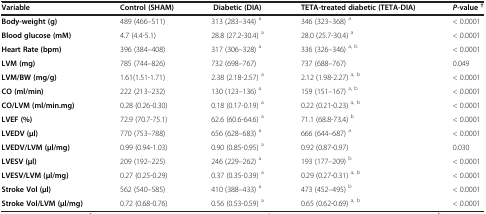
<table><thead><tr><td><b>Variable</b></td><td><b>Control (SHAM)</b></td><td><b>Diabetic (DIA)</b></td><td><b>TETA-treated diabetic (TETA-DIA)</b></td><td><b><i>P-</i>value <sup>†</sup></b></td></tr></thead><tbody><tr><td><b>Body-weight (g)</b></td><td>489 (466–511)</td><td>313 (283–344) <sup>a</sup></td><td>346 (323–368) <sup>a</sup></td><td>&lt; 0.0001</td></tr><tr><td><b>Blood glucose (mM)</b></td><td>4.7 (4.4-5.1)</td><td>28.8 (27.2-30.4) <sup>a</sup></td><td>28.0 (25.7-30.4) <sup>a</sup></td><td>&lt; 0.0001</td></tr><tr><td><b>Heart Rate (bpm)</b></td><td>396 (384–408)</td><td>317 (306–328) <sup>a</sup></td><td>336 (326–346) <sup>a, b</sup></td><td>&lt; 0.0001</td></tr><tr><td><b>LVM (mg)</b></td><td>785 (744–826)</td><td>732 (698–767)</td><td>737 (688–767)</td><td>0.049</td></tr><tr><td><b>LVM/BW (mg/g)</b></td><td>1.61(1.51-1.71)</td><td>2.38 (2.18-2.57) <sup>a</sup></td><td>2.12 (1.98-2.27) <sup>a, b</sup></td><td>&lt; 0.0001</td></tr><tr><td><b>CO (ml/min)</b></td><td>222 (213–232)</td><td>130 (123–136) <sup>a</sup></td><td>159 (151–167) <sup>a, b</sup></td><td>&lt; 0.0001</td></tr><tr><td><b>CO/LVM (ml/min.mg)</b></td><td>0.28 (0.26-0.30)</td><td>0.18 (0.17-0.19) <sup>a</sup></td><td>0.22 (0.21-0.23) <sup>a, b</sup></td><td>&lt; 0.0001</td></tr><tr><td><b>LVEF (%)</b></td><td>72.9 (70.7-75.1)</td><td>62.6 (60.6-64.6) <sup>a</sup></td><td>71.1 (68.8-73.4) <sup>b</sup></td><td>&lt; 0.0001</td></tr><tr><td><b>LVEDV (μl)</b></td><td>770 (753–788)</td><td>656 (628–683) <sup>a</sup></td><td>666 (644–687) <sup>a</sup></td><td>&lt; 0.0001</td></tr><tr><td><b>LVEDV/LVM (μl/mg)</b></td><td>0.99 (0.94-1.03)</td><td>0.90 (0.85-0.95) <sup>a</sup></td><td>0.92 (0.87-0.97)</td><td>0.030</td></tr><tr><td><b>LVESV (μl)</b></td><td>209 (192–225)</td><td>246 (229–262) <sup>a</sup></td><td>193 (177–209) <sup>b</sup></td><td>&lt; 0.0001</td></tr><tr><td><b>LVESV/LVM (μl/mg)</b></td><td>0.27 (0.25-0.29)</td><td>0.37 (0.35-0.39) <sup>a</sup></td><td>0.29 (0.27-0.31) <sup>a, b</sup></td><td>&lt; 0.0001</td></tr><tr><td><b>Stroke Vol (μl)</b></td><td>562 (540–585)</td><td>410 (388–433) <sup>a</sup></td><td>473 (452–495) <sup>b</sup></td><td>&lt; 0.0001</td></tr><tr><td><b>Stroke Vol/LVM (μl/mg)</b></td><td>0.72 (0.68-0.76)</td><td>0.56 (0.53-0.59) <sup>a</sup></td><td>0.65 (0.62-0.69) <sup>a, b</sup></td><td>&lt; 0.0001</td></tr></tbody></table>